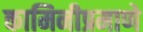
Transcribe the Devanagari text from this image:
कामिनीप्रमाणे